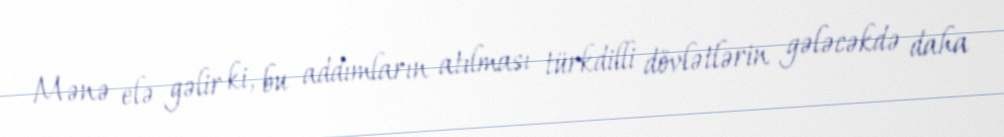
Mənə elə gəlir ki, bu addımların atılması türkdilli dövlətlərin gələcəkdə daha